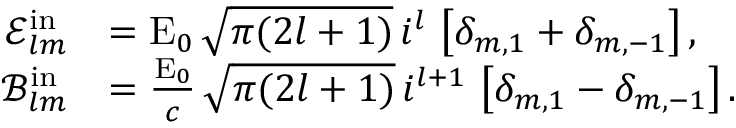
\begin{array} { r l } { \mathcal { E } _ { l m } ^ { \mathrm { i n } } } & { = \mathrm { E } _ { 0 } \, \sqrt { \pi ( 2 l + 1 ) } \, i ^ { l } \, \left[ \delta _ { m , 1 } + \delta _ { m , - 1 } \right] , } \\ { \mathcal { B } _ { l m } ^ { \mathrm { i n } } } & { = \frac { \mathrm { E } _ { 0 } } { c } \, \sqrt { \pi ( 2 l + 1 ) } \, i ^ { l + 1 } \, \left[ \delta _ { m , 1 } - \delta _ { m , - 1 } \right] . } \end{array}